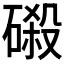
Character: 𰧖